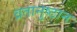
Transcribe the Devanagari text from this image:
व्रतानुष्ठान